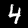
Digit: 4